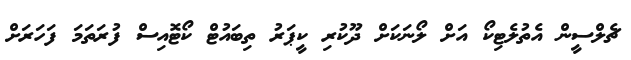
ޗެލްސީން އެތުލެޓިކޯ އަށް ލޯނަކަށް ދޫކުރި ކީޕަރު ތިބައުޓް ކޯޓޮއިސް ފުރަތަމަ ފަހަރަށް